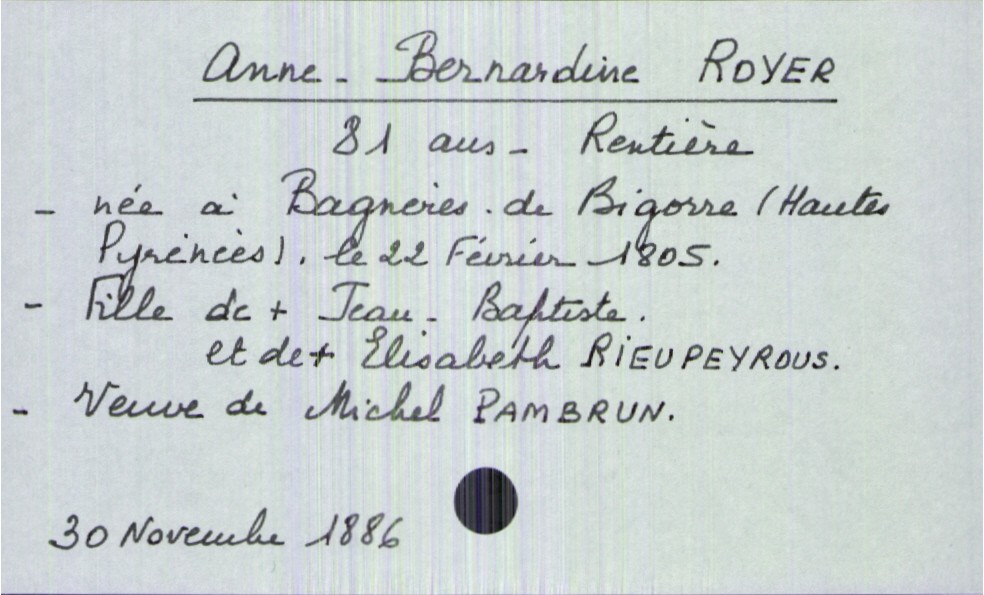
type_acte: Décès
année: 1886
mois: novembre
jour: 30
défunt_nom: Royer
défunt_prénom: Anne-Bernardine
défunt_sexe: F
défunt_âge: 81 ans
défunt_date_de_naissance: 22 février 1805
défunt_lieu_de_naissance: Bannières-de-Bigorre (Hautes Pyrénées)
défunt_statut: veuf(ve)
père_défunt_nom: Royer
père_défunt_prénom: Jean-Baptiste
père_défunt_statut: décédé
mère_défunt_nom: Rieupeyrous
mère_défunt_prénom: Elisabeth
mère_défunt_statut: décédée